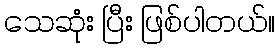
သေဆုံး ပြီး ဖြစ်ပါတယ်။